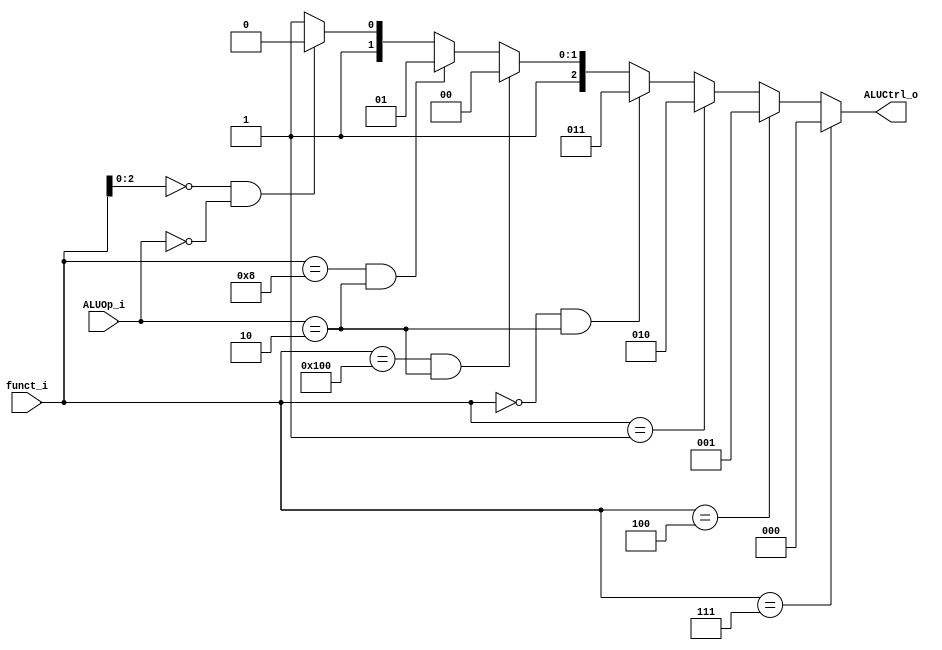
module ALU_Control
(
    funct_i,
    ALUOp_i,
    ALUCtrl_o
);

// Ports
input   [9:0]      funct_i;
input   [1:0]      ALUOp_i;
output  [2:0]      ALUCtrl_o;

reg     [2:0]      ALUCtrl_o;

always@(funct_i)
begin
    if (funct_i[9:0] == 10'b0000000111)
        ALUCtrl_o = 3'b000;
    else if (funct_i == 10'b0000000100) 
        ALUCtrl_o = 3'b001;
    else if (funct_i == 10'b0000000001) 
        ALUCtrl_o = 3'b010;
    else if (funct_i == 10'b0000000000 && ALUOp_i == 2'b10) 
        ALUCtrl_o = 3'b011;
    else if (funct_i == 10'b0100000000 && ALUOp_i == 2'b10) 
        ALUCtrl_o = 3'b100;
    else if (funct_i == 10'b0000001000 && ALUOp_i == 2'b10) 
        ALUCtrl_o = 3'b101;
    else if (funct_i[2:0] == 3'b000 && ALUOp_i == 2'b00) 
        ALUCtrl_o = 3'b110;
    else 
        ALUCtrl_o = 3'b111;
end

endmodule